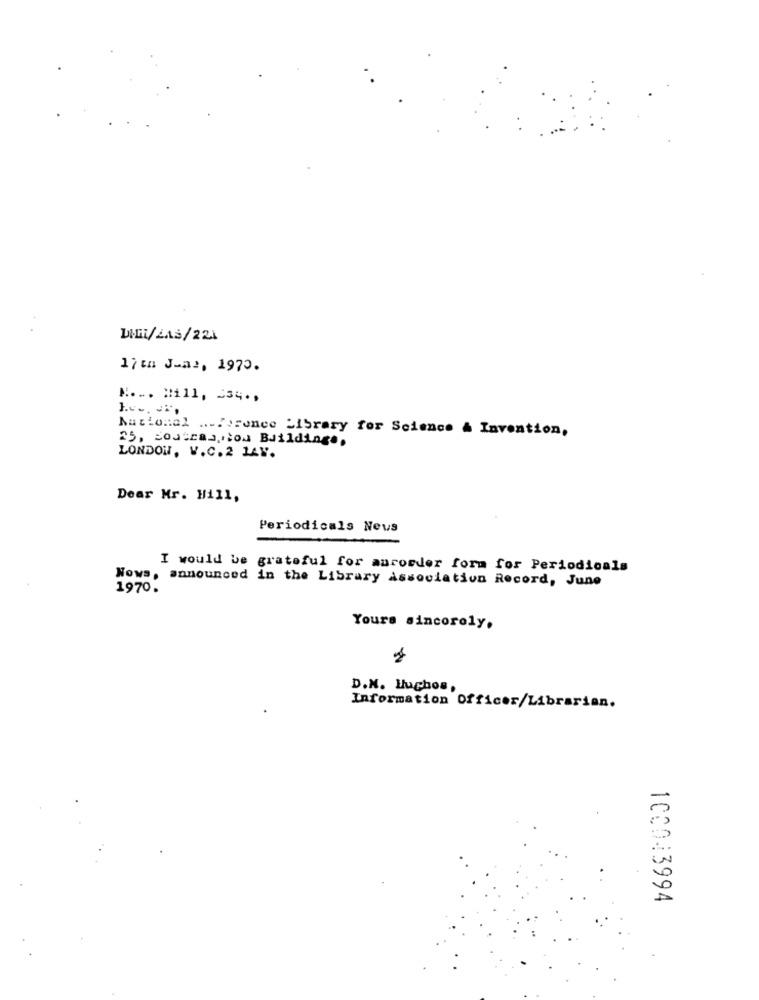
DIGI/4A5/221
17th Jem2, 1970.
K ... #111, 234 .;
National ..... Fonce Library for Science & Invention,
25, contraction Buildings.
LONDON, V.C. 2 LAV.
Dear Mr. Hill,
Periodicals Neus
I would be grateful for anrorder form for Periodicals
Nows, announced in the Library Association Record, June
1970.
Yours sincoroly.
D.N. Muchos,
Information Officer/Librarian.
100013994